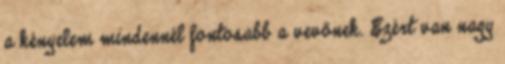
a kényelem mindennél fontosabb a vevőnek. Ezért van nagy